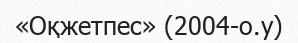
«Оқжетпес» (2004-о.у)